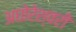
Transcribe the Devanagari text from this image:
अघोरेश्वरी